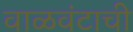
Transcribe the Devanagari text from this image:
वाळवंटाची